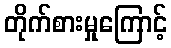
တိုက်စားမှုကြောင့်